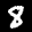
Label: 8